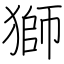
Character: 獅